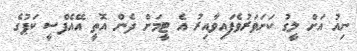
ނިއު އަށް ލީގު ކަށަވަރުވެފައިވާއިރު އެ ޓީމަށް ދެން އޮތީ އޭއެފްސީ ކަޕުގެ